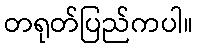
တရုတ်ပြည်ကပါ။